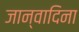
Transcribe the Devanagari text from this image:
जान्वादिना